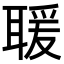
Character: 𦖵